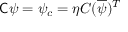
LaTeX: { \mathsf { C } } \psi = \psi _ { c } = \eta C ( { \overline { { \psi } } } ) ^ { T }